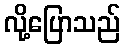
လို့ပြောသည်